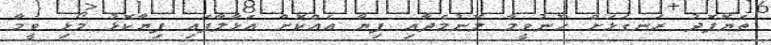
ތެޔޮފޮދު ރަނގަޅަށް ހޫނުވީމާ ލޮނުމެދާއި ފިޔާ އެއްކޮށް އަޅާލާފައި ފިޔާކޮޅު މޯޅި ވީމާ